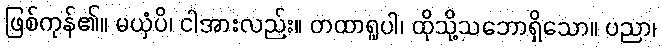
ဖြစ်ကုန်၏။ မယှံပိ၊ ငါအားလည်း။ တထာရူပါ၊ ထိုသို့သဘောရှိသော။ ပညာ၊